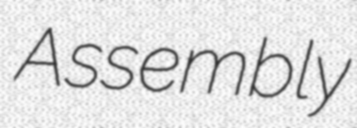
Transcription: Assembly